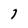
Character: 7